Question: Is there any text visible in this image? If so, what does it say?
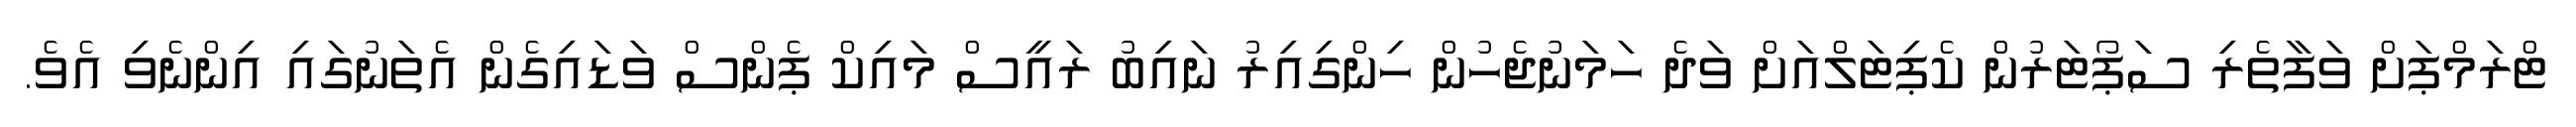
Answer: ޓްރަމްޕަށް ވަފާތެރި ސަޕޯޓަރުން ކެޕިޓަލްއަށް ވަދެ ހަމަނުޖެހުން ހިންގިއިރު ނައިބު ރައީސް މައިކް ޕެންސް ވަޑައިގެން އެތަނުގައި އިންނެވި އެވެ.